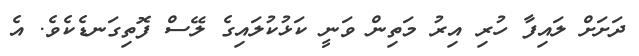
ދަށަށް ލައިފާ ހުރި އިރު މަތިން ވަނީ ކަޅުކުލައިގެ ލޭސް ފޮތިގަނޑެކެވެ. އެ